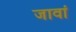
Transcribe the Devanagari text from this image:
जावां